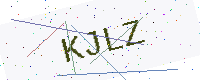
Text: KJLZ